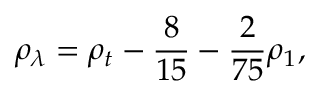
\rho _ { \lambda } = \rho _ { t } - \frac { 8 } { 1 5 } - \frac { 2 } { 7 5 } \rho _ { 1 } ,